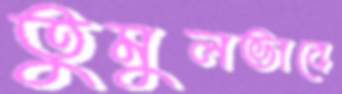
তুমুলভাবে